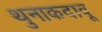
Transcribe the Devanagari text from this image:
थुनाकदावू